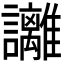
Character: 𧮛